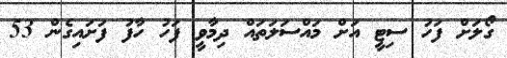
ގޯލަށް ފަހު ސިޓީ އަށް މައްސަލަތައް ދިމާވީ ފަހު ހާފު ފަށައިގެން 53